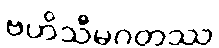
ဗဟိသီမဂတဿ